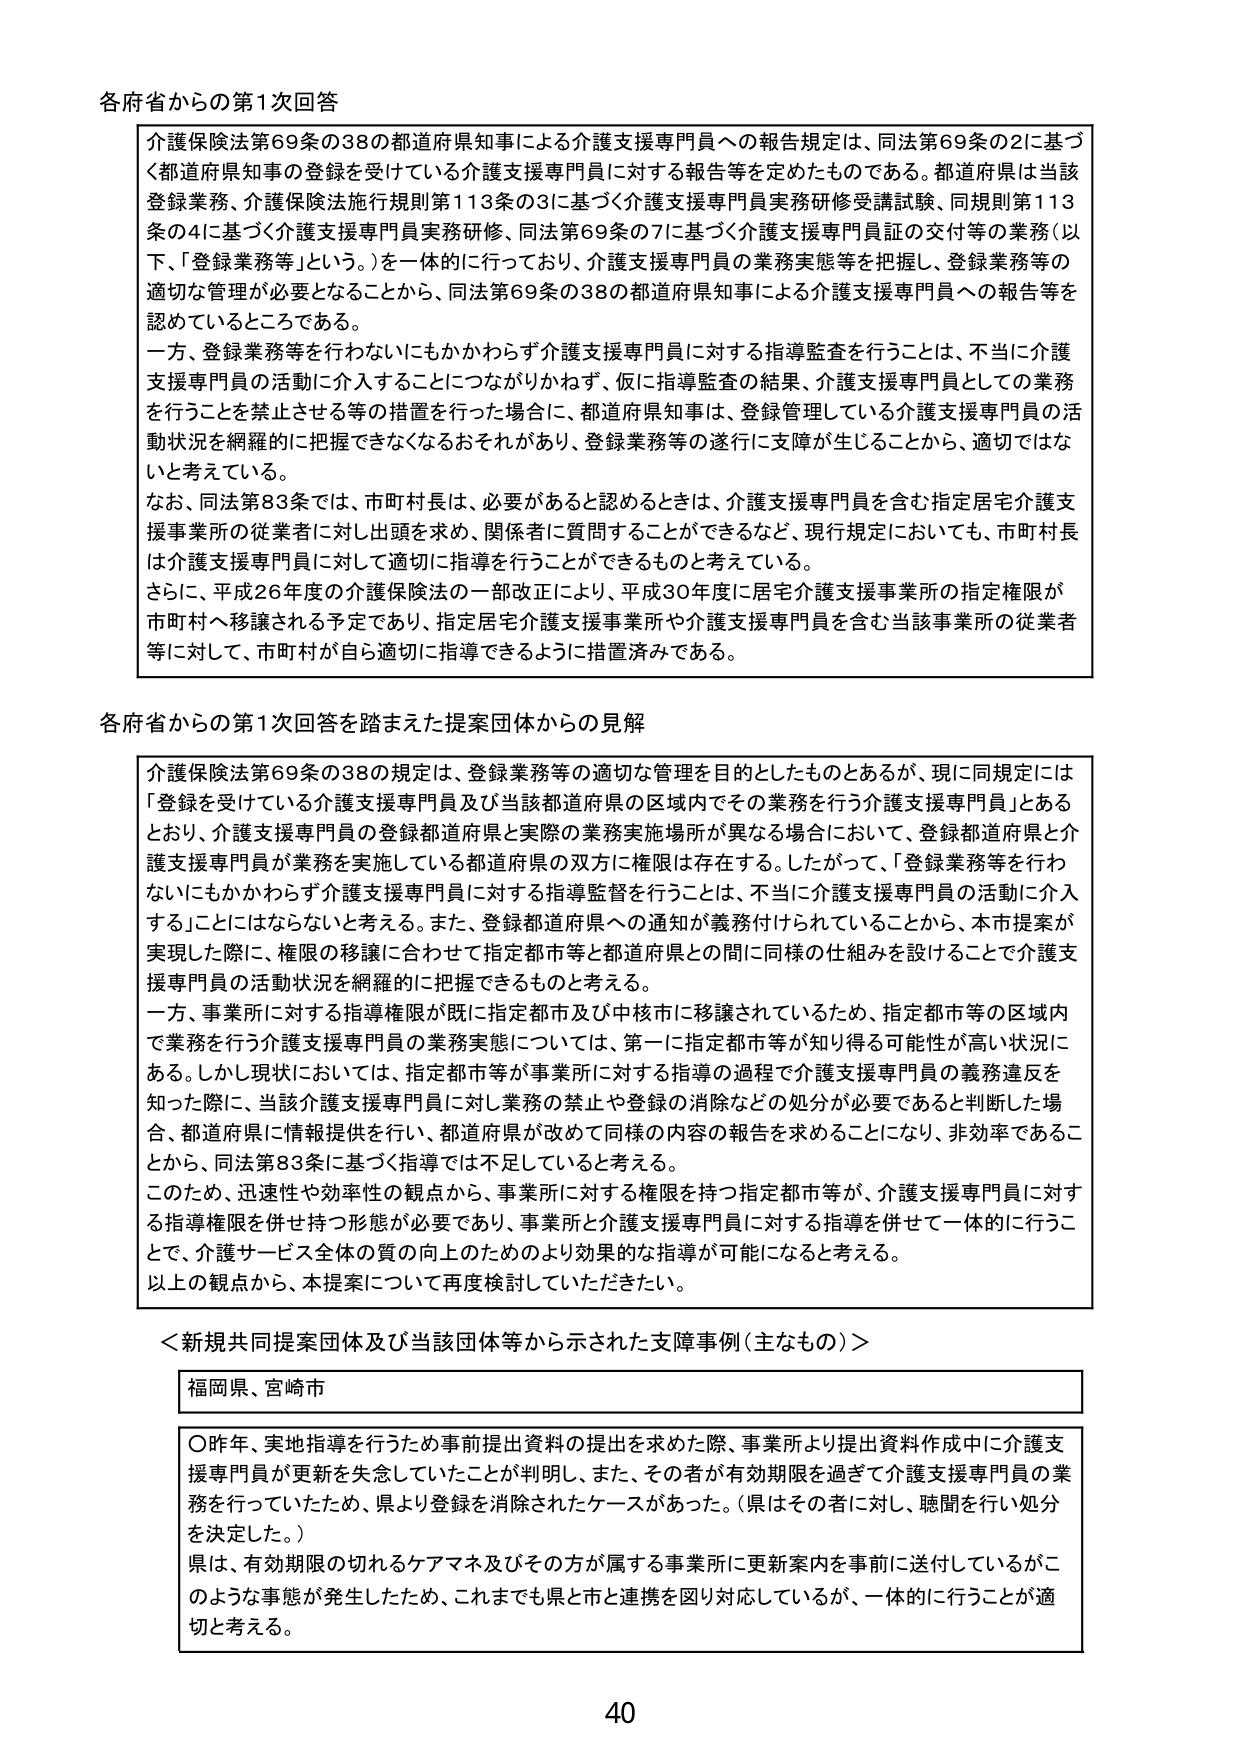
各府省からの第1次回答

介護保険法第69条の38の都道府県知事による介護支援専門員への報告規定は、同法第69条の2に基づく都道府県知事の登録を受けている介護支援専門員に対する報告等を定めたものである。都道府県は当該登録業務、介護保険法施行規則第113条の3に基づく介護支援専門員実務研修受講試験、同規則第113条の4に基づく介護支援専門員実務研修、同法第69条の7に基づく介護支援専門員証の交付等の業務（以下、「登録業務等」という。）を一体的に行っており、介護支援専門員の業務実態等を把握し、登録業務等の適切な管理が必要となることから、同法第69条の38の都道府県知事による介護支援専門員への報告等を認めているところである。

一方、登録業務等を行わないにもかかわらず介護支援専門員に対する指導監査を行うことは、不当に介護支援専門員の活動に介入することにつながりかねず、仮に指導監査の結果、介護支援専門員としての業務を行うことを禁止させる等の措置を行った場合に、都道府県知事は、登録管理している介護支援専門員の活動状況を網羅的に把握できなくなるおそれがあり、登録業務等の遂行に支障が生じることから、適切ではないと考えている。

なお、同法第83条では、市町村長は、必要があると認めるときは、介護支援専門員を含む指定居宅介護支援事業所の従業者に対して出頭を求め、関係者に質問することができるなど、現行規定においても、市町村長は介護支援専門員に対して適切に指導を行うことができるものと考えている。

さらに、平成26年度の介護保険法の一部改正により、平成30年度に居宅介護支援事業所の指定権限が市町村へ移譲される予定であり、指定居宅介護支援事業所や介護支援専門員を含む当該事業所の従業者等に対して、市町村が自ら適切に指導できるように措置済みである。

各府省からの第1次回答を踏まえた提案団体からの見解

介護保険法第69条の38の規定は、登録業務等の適切な管理を目的としたものとあるが、現に同規定には「登録を受けている介護支援専門員及び当該都道府県の区域内でその業務を行う介護支援専門員」とあるとおり、介護支援専門員の登録都道府県と実際の業務実施場所が異なる場合において、登録都道府県と介護支援専門員が業務を実施している都道府県の双方に権限は存在する。したがって、「登録業務等を行わないにもかかわらず介護支援専門員に対する指導監督を行うことは、不当に介護支援専門員の活動に介入することにはならないと考える。また、登録都道府県への通知が義務付けられていることから、本件提案が実施した際に、権限の移譲に合わせて指定都市等と都道府県との間に同様の仕組みを設けることで介護支援専門員の活動状況を網羅的に把握できるものと考える。

一方、事業所に対する指導権限が既に指定都市及び中核市に移譲されているため、指定都市等の区域内で業務を行う介護支援専門員の業務実態については、第一に指定都市等が知り得る可能性が高い状況にある。しかし現状においては、指定都市等が事業所に対する指導の過程で介護支援専門員の義務違反を知った際に、当該介護支援専門員に対し業務の禁止や登録の消除などの処分が必要であると判断した場合、都道府県に情報提供を行い、都道府県が改めて同様の内容の報告を求めることになり、非効率であることから、同法第83条に基づく指導では不足していると考える。

このため、迅速性や効率性の観点から、事業所に対する権限を持つ指定都市等が、介護支援専門員に対する指導権限を併せ持つ形態が必要であり、事業所と介護支援専門員に対する指導を併せて一体的に行うことで、介護サービス全体の質の向上のためのより効果的な指導が可能になると考える。

以上の観点から、本提案について再度検討していただきたい。

＜新規共同提案団体及び当該団体等から示された支障事例（主なもの）＞

福岡県、宮崎市

〇昨年、実地指導を行うため事前提出資料の提出を求めた際、事業所より提出資料作成中に介護支援専門員が更新を失念していたことが判明し、また、その者が有効期限を過ぎて介護支援専門員の業務を行っていたため、県より登録を消除されたケースがあった。（県はその者に対し、聴聞を行い処分を決定した。）

県は、有効期限の切れるケアマネ及びその方が属する事業所に更新案内を事前に送付しているがこのような事態が発生したため、これまでも県と市と連携を図り対応しているが、一体的に行うことが適切と考える。

40